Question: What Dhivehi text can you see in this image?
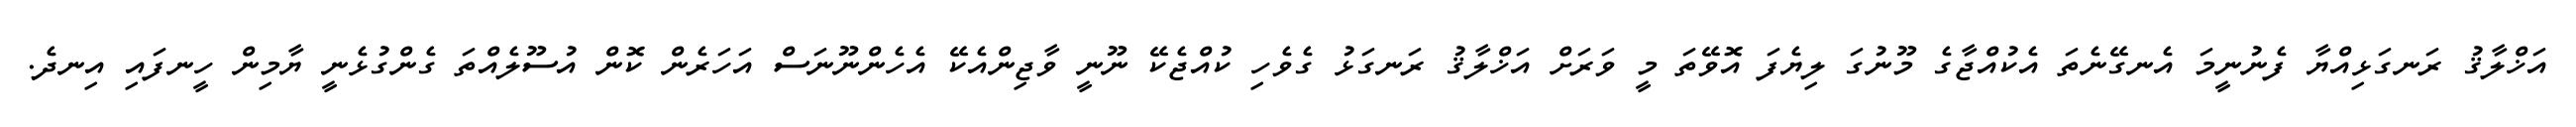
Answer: އަޚްލާޤު ރަނގަޅިއްޔާ ފެނުނީމަ އެނގޭނެތަ އެކުއްޖާގެ މޫނުގަ ލިޔެފަ އޮވޭތަ މީ ވަރަށް އަޚްލާޤު ރަނގަޅު ގެވެހި ކުއްޖެކޭ ނޫނީ ވާޖިންއެކޭ އެހެންނޫނަސް އަހަރެން ކޮން އުސޫލެއްތަ ގެންގުޅެނީ ޔާމިން ހީނފައި އިނދެ.